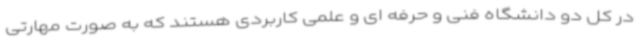
در کل دو دانشگاه فنی و حرفه ای و علمی کاربردی هستند که به صورت مهارتی